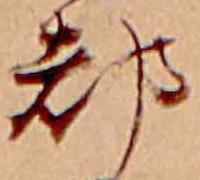
都